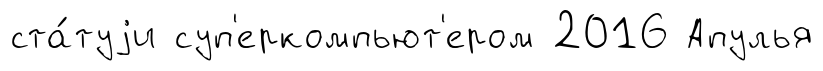
ста́туjи суп'еркомпьют'ером 2016 Апулья